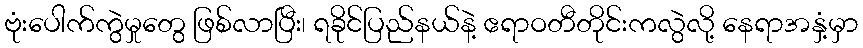
ဗုံးပေါက်ကွဲမှုတွေ ဖြစ်လာပြီး၊ ရခိုင်ပြည်နယ်နဲ့ ဧရာဝတီတိုင်းကလွဲလို့ နေရာအနှံ့မှာ